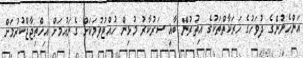
އަންހެނުންގެ ދުވަހުގެ ހަރަކާތްތަކުގެ އިތުރުން ބާޣީ ސަރުކާރު މުޅިން ހުއްޓުވުމަކަށް ގެނައުމަށް އިހްތިޖާޖްކުރުމަށް